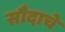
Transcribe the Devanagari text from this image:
सौदाचे